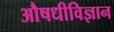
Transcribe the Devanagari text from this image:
औषधीविज्ञान